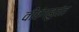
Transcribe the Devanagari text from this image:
वीवंगहुवंत